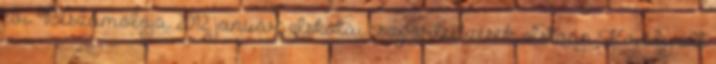
évi. Beszámolója. 2012. január: Iskolai csoportedzések, István Király ált